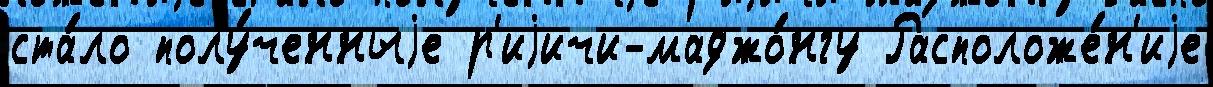
ста́ло полу́ченныjе р'иjичи-маджо́нгу Расположе́н'иjе